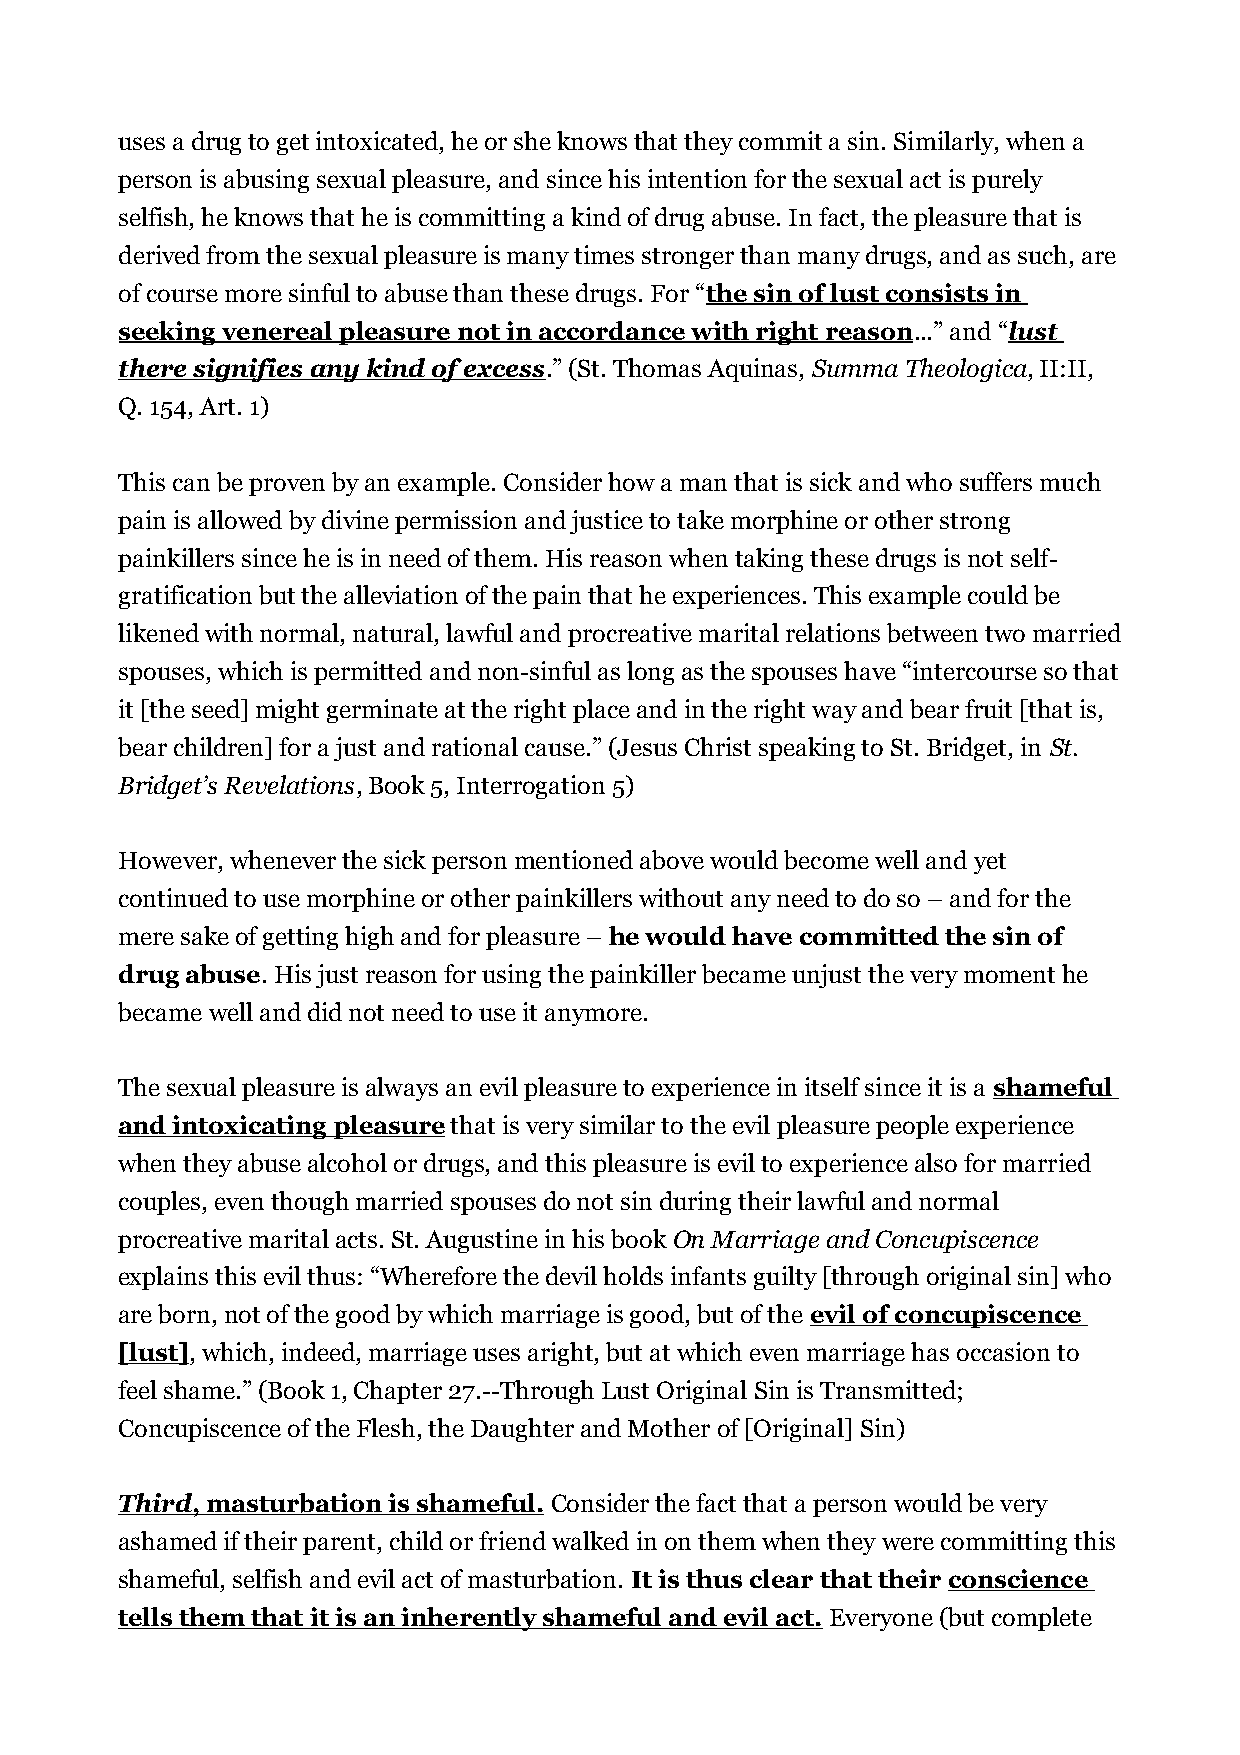
uses a drug to get intoxicated, he or she knows that they commit a sin. Similarly, when a
 person is abusing sexual pleasure, and since his intention for the sexual act is purely
 selfish, he knows that he is committing a kind of drug abuse. In fact, the pleasure that is
 derived from the sexual pleasure is many times stronger than many drugs, and as such, are
 of course more sinful to abuse than these drugs. For “the sin of lust consists in
 seeking venereal pleasure not in accordance with right reason...” and “lust
 there signifies any kind of excess.” (St. Thomas Aquinas, Summa Theologica, II:II,
 Q. 154, Art. 1)
 This can be proven by an example. Consider how a man that is sick and who suffers much
 pain is allowed by divine permission and justice to take morphine or other strong
 painkillers since he is in need of them. His reason when taking these drugs is not self-
 gratification but the alleviation of the pain that he experiences. This example could be
 likened with normal, natural, lawful and procreative marital relations between two married
 spouses, which is permitted and non-sinful as long as the spouses have “intercourse so that
 it [the seed] might germinate at the right place and in the right way and bear fruit [that is,
 bear children] for a just and rational cause.” (Jesus Christ speaking to St. Bridget, in St.
 Bridget’s Revelations, Book 5, Interrogation 5)
 However, whenever the sick person mentioned above would become well and yet
 continued to use morphine or other painkillers without any need to do so – and for the
 mere sake of getting high and for pleasure – he would have committed the sin of
 drug abuse. His just reason for using the painkiller became unjust the very moment he
 became well and did not need to use it anymore.
 The sexual pleasure is always an evil pleasure to experience in itself since it is a shameful
 and intoxicating pleasure that is very similar to the evil pleasure people experience
 when they abuse alcohol or drugs, and this pleasure is evil to experience also for married
 couples, even though married spouses do not sin during their lawful and normal
 procreative marital acts. St. Augustine in his book On Marriage and Concupiscence
 explains this evil thus: “Wherefore the devil holds infants guilty [through original sin] who
 are born, not of the good by which marriage is good, but of the evil of concupiscence
 [lust], which, indeed, marriage uses aright, but at which even marriage has occasion to
 feel shame.” (Book 1, Chapter 27.--Through Lust Original Sin is Transmitted;
 Concupiscence of the Flesh, the Daughter and Mother of [Original] Sin)
 Third , masturbation is shameful. Consider the fact that a person would be very
 ashamed if their parent, child or friend walked in on them when they were committing this
 shameful, selfish and evil act of masturbation. It is thus clear that their conscience
 tells them that it is an inherently shameful and evil act. Everyone (but complete